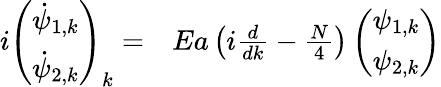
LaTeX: \begin{array}{rl}{i\left(\begin{array}{c}{\dot{\psi}_{1,k}}\\ {\dot{\psi}_{2,k}}\end{array}\right)_{k}=}&{{}Ea\left(i\frac{d}{dk}-\frac{N}{4}\right)\left(\begin{array}{c}{\psi_{1,k}}\\ {\psi_{2,k}}\end{array}\right)}\end{array}